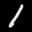
Label: 1